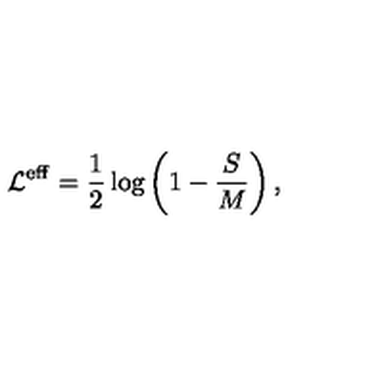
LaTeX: { \cal L } ^ { \mathrm { \scriptsize e f f } } = \frac 1 2 \log \left( 1 - \frac S M \right) ,